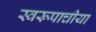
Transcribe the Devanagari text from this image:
स्वरूपाचीया